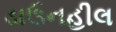
ડાઉનહીલ